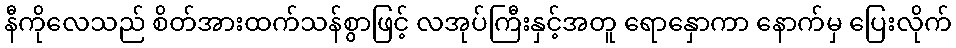
နီကိုလေသည် စိတ်အားထက်သန်စွာဖြင့် လအုပ်ကြီးနှင့်အတူ ရောနှောကာ နောက်မှ ပြေးလိုက်